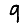
Digit: 9